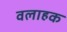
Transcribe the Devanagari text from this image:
वलाहक